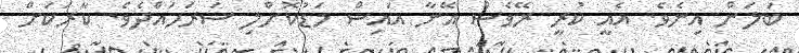
ބަލަން އިނެވެ. އެއީ ކުރީ ރޭވެސް އޭނާ އައިސް މަޑުކޮށްލި ސަރަހައްދެވެ. ކާރަކަށް